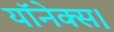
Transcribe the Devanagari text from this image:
यॉनेक्स।